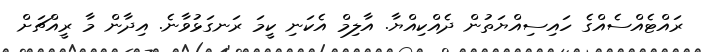
ރައްޓެއްސެއްގެ ހައިސިއްޔަތުން ދެއްކިއްޔާ. އާލިމް އެކަނި ކީމަ ރަނގަޅުވާނެ. އިދާން މާ ރީއްޗަށް